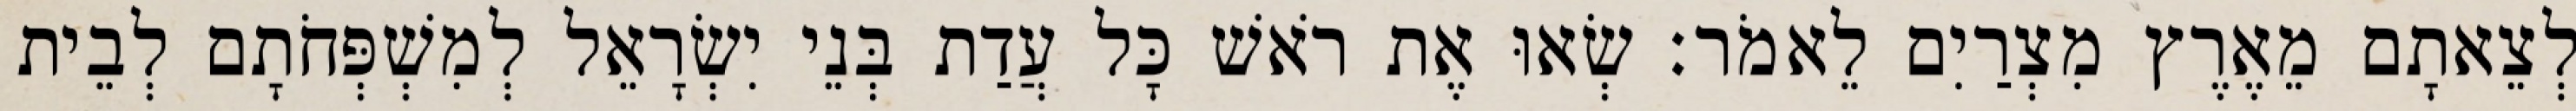
לְצֵאתָם מֵאֶרֶץ מִצְרַיִם לֵאמֹר׃ שְׂאוּ אֶת רֹאשׁ כָּל עֲדַת בְּנֵי יִשְׂרָאֵל לְמִשְׁפְּחֹתָם לְבֵית